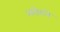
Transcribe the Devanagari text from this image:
अरोराने